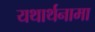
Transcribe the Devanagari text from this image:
यथार्थनामा